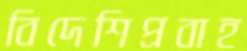
বিদেশিপ্রবাহ